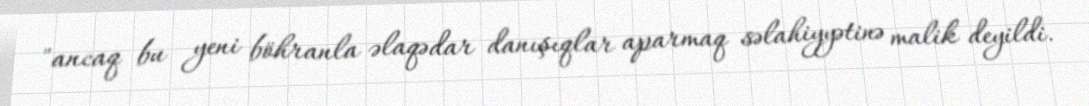
"ancaq bu yeni böhranla əlaqədar danışıqlar aparmaq səlahiyyətinə malik deyildi.